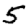
Digit: 5